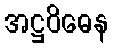
အဋ္ဌဝိဓေန